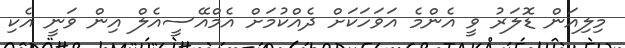
މިލިއަން ޑޮލަރު ވީ އެންމެ އަވަހަކަށް ދެއްކުމަށް އެމްއޭސީއެލް އިން ވަނީ އެކި